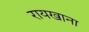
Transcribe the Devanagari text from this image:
रायखाना